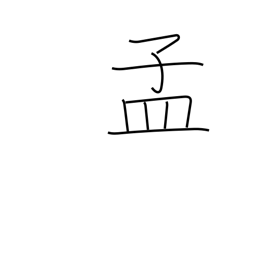
Meaning: beginning